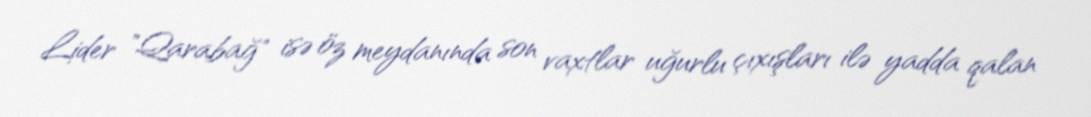
Lider "Qarabağ" isə öz meydanında son vaxtlar uğurlu çıxışları ilə yadda qalan